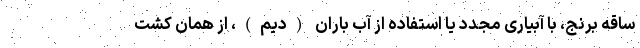
ساقه برنج، با آبیاری مجدد یا استفاده از آب باران (دیم)، از همان کشت